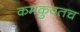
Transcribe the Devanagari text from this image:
कमकुवतच